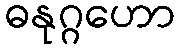
ဓနုဂ္ဂဟော